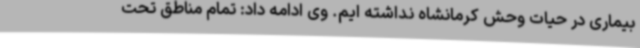
بیماری در حیات وحش کرمانشاه نداشته ایم. وی ادامه داد: تمام مناطق تحت